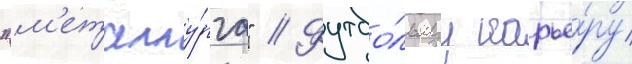
"м'еталлу́рга" // Футбо́льнуу карье́ру